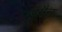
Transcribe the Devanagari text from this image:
एडमैन